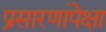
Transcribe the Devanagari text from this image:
प्रसारणांपेक्षा